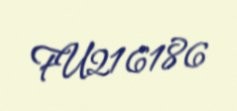
FU216186